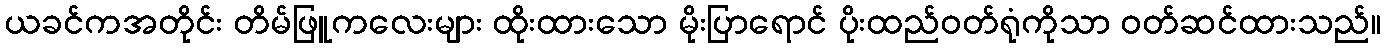
ယခင်ကအတိုင်း တိမ်ဖြူကလေးများ ထိုးထားသော မိုးပြာရောင် ပိုးထည်ဝတ်ရုံကိုသာ ဝတ်ဆင်ထားသည်။